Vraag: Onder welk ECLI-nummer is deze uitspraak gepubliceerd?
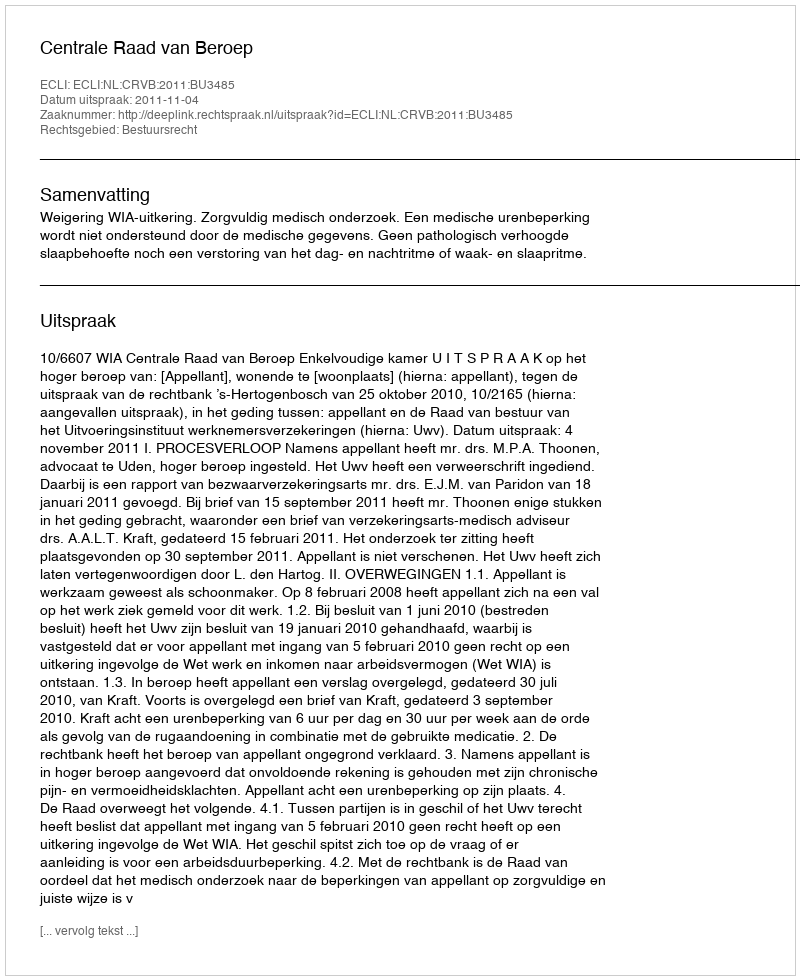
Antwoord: ECLI:NL:CRVB:2011:BU3485